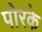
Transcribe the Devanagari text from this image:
पोरके